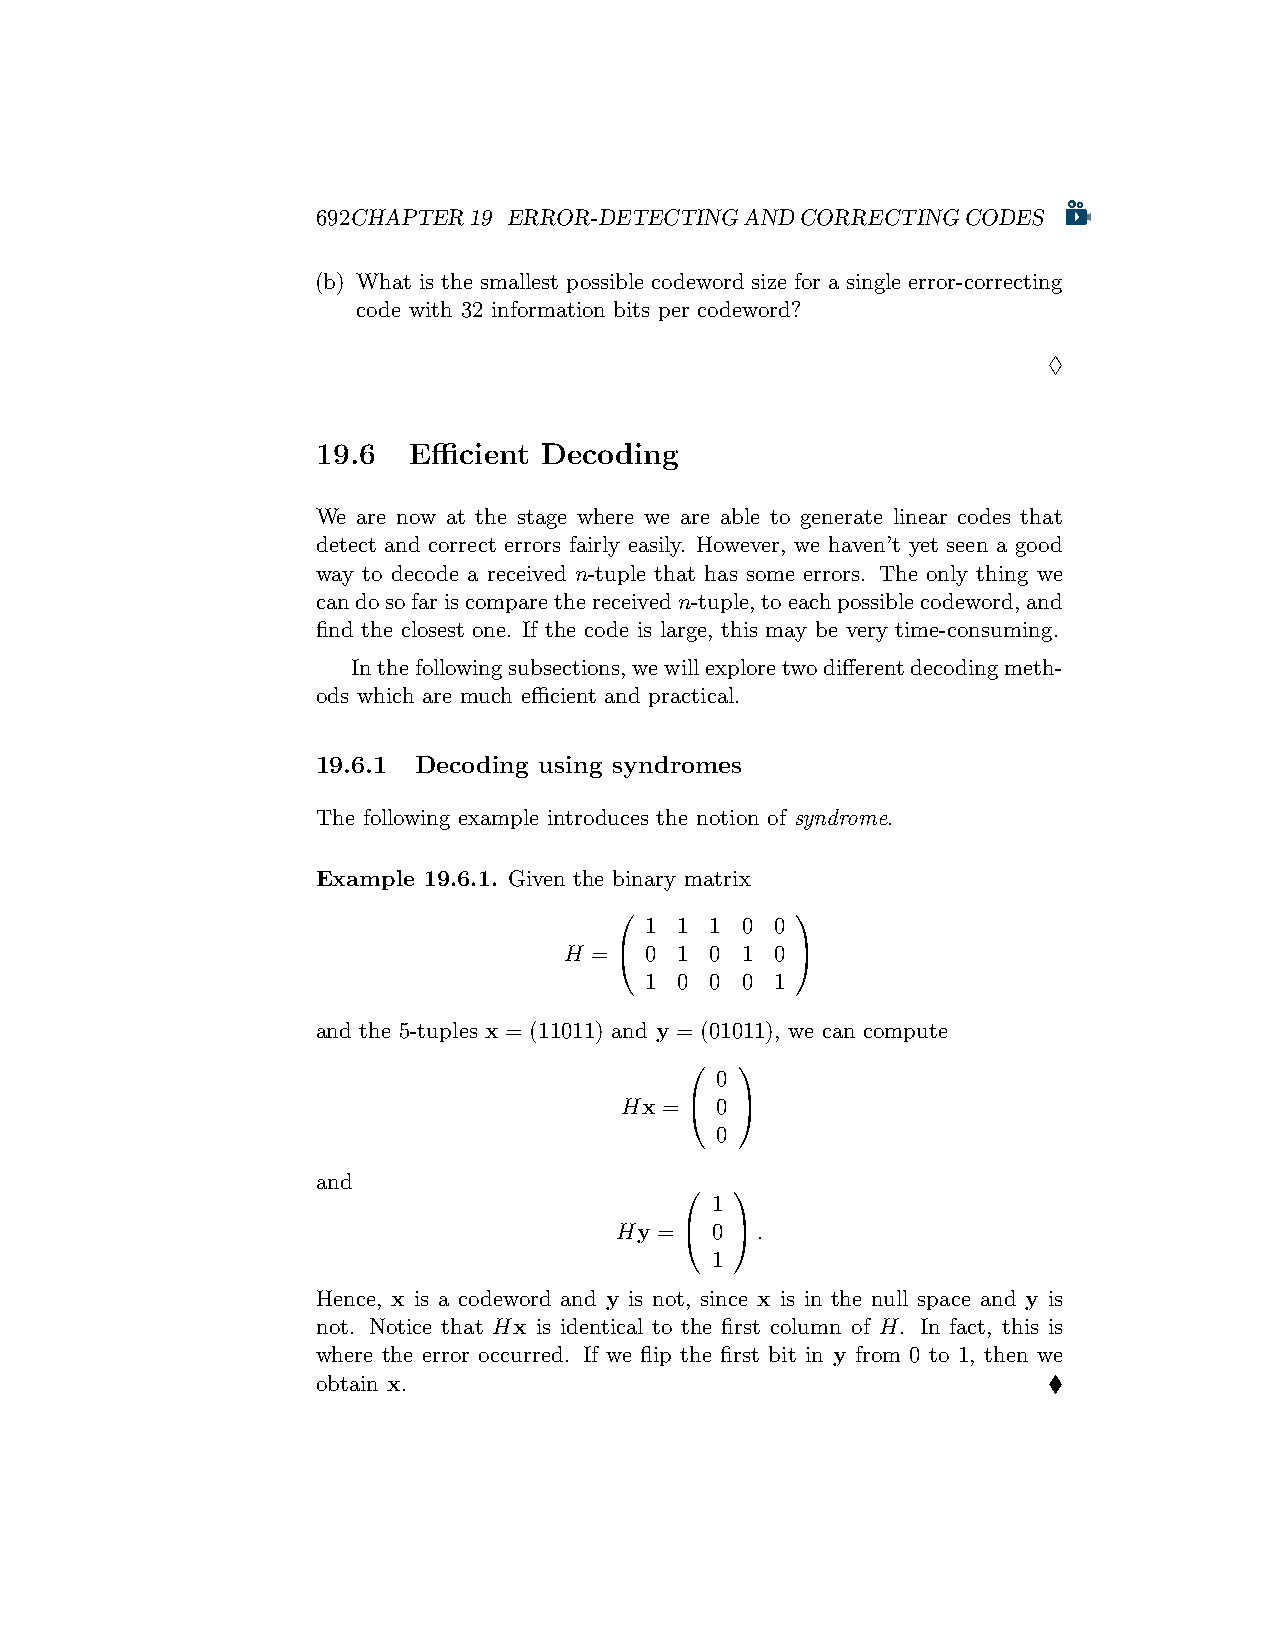
692CHAPTER19 ERROR-DETECTINGANDCORRECTINGCODES
 (b) What is the smallest possible codeword size for a single error-correcting
 code with 32 information bits per codeword?
 ♢
 19.6  Efficient Decoding
 We are now at the stage where we are able to generate linear codes that
 detect and correct errors fairly easily. However, we haven’t yet seen a good
 way to decode a received n-tuple that has some errors. The only thing we
 candosofariscomparethereceivedn-tuple,toeachpossiblecodeword,and
 find the closest one. If the code is large, this may be very time-consuming.
 Inthefollowingsubsections,wewillexploretwodifferentdecodingmeth-
 ods which are much efficient and practical.
 19.6.1 Decoding using syndromes
 The following example introduces the notion of syndrome.
 Example 19.6.1. Given the binary matrix
            
 1 1 1 0 0
 H =  0 1 0 1 0 
 1 0 0 0 1
 and the 5-tuples x = (11011) and y = (01011), we can compute
    
 0
 Hx =  0 
 0
 and
    
 1
 Hy =  0 .
 1
 Hence, x is a codeword and y is not, since x is in the null space and y is
 not. Notice that Hx is identical to the first column of H. In fact, this is
 where the error occurred. If we flip the first bit in y from 0 to 1, then we
 obtain x.                                       ♦